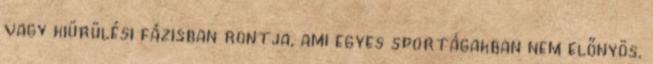
vagy kiürülési fázisban rontja, ami egyes sportágakban nem előnyös.